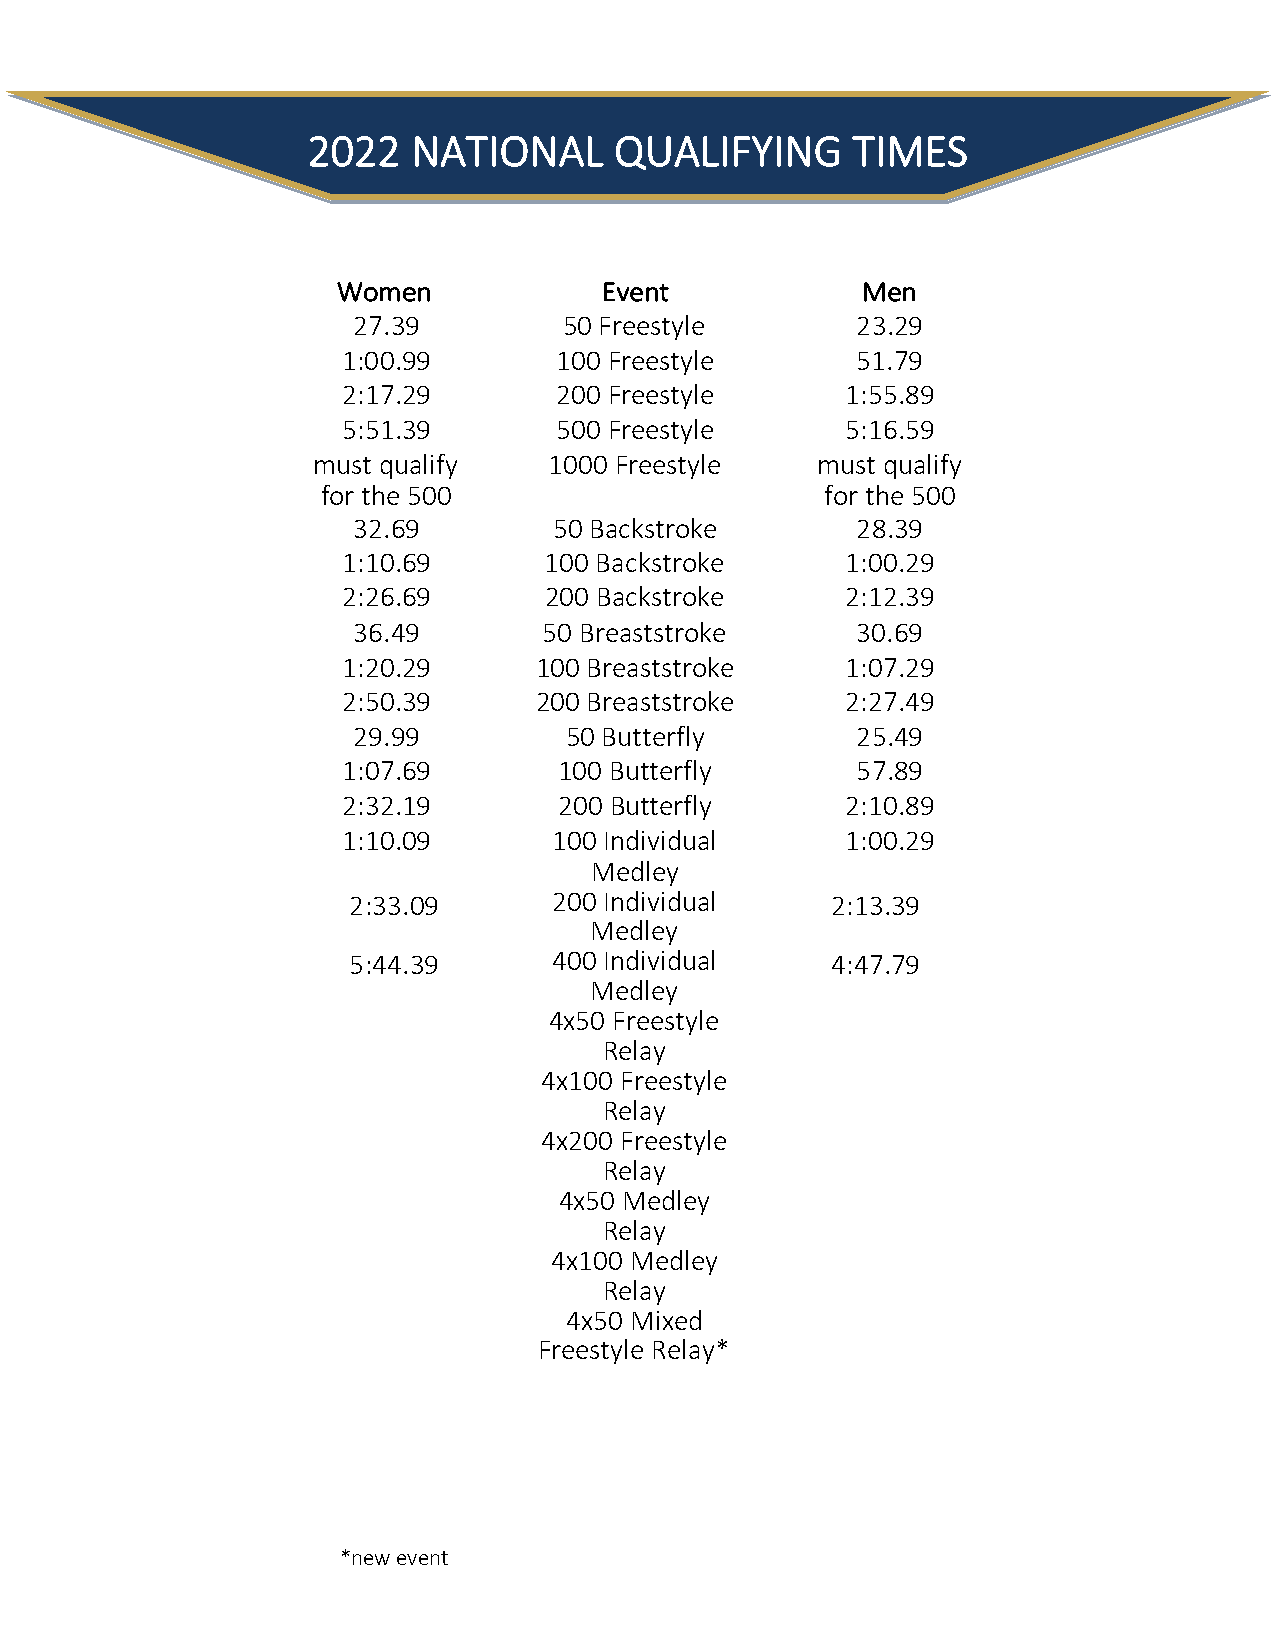
2022   NATIONAL      QUALIFYING     TIMES
 Women             Event            Men
 27.39         50 Freestyle        23.29
 1:00.99       100 Freestyle       51.79
 2:17.29       200 Freestyle      1:55.89
 5:51.39       500 Freestyle      5:16.59
 must qualify   1000 Freestyle    must qualify
 for the 500                       for the 500
 32.69         50 Backstroke       28.39
 1:10.69      100 Backstroke      1:00.29
 2:26.69      200 Backstroke      2:12.39
 36.49        50 Breaststroke      30.69
 1:20.29     100 Breaststroke     1:07.29
 2:50.39     200 Breaststroke     2:27.49
 29.99         50 Butterfly        25.49
 1:07.69       100 Butterfly       57.89
 2:32.19       200 Butterfly      2:10.89
 1:10.09       100 Individual     1:00.29
 Medley
 2:33.09       200 Individual    2:13.39
 Medley
 5:44.39       400 Individual    4:47.79
 Medley
 4x50 Freestyle
 Relay
 4x100 Freestyle
 Relay
 4x200 Freestyle
 Relay
 4x50 Medley
 Relay
 4x100 Medley
 Relay
 4x50 Mixed
 Freestyle Relay*
 *new event